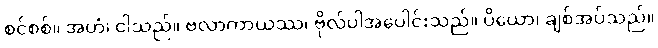
စင်စစ်။ အဟံ၊ ငါသည်။ ဗလာကာယဿ၊ ဗိုလ်ပါအပေါင်းသည်။ ပိယော၊ ချစ်အပ်သည်။